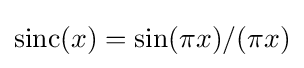
\operatorname {sinc} (x)=\sin(\pi x)/(\pi x)